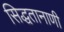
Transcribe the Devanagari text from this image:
सिद्धतानाणी